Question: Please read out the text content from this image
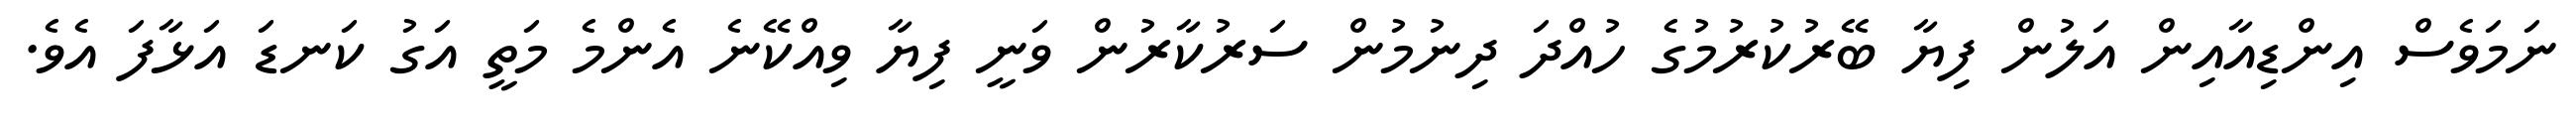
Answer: ނަމަވެސް އިންޑިއާއިން އަލުން ފިޔާ ބޭރުކުރުމުގެ ހުއްދަ ދިނުމުން ސަރުކާރުން ވަނީ ފިޔާ ވިއްކޭނެ އެންމެ މަތީ އަގު ކަނޑަ އަޅާފަ އެވެ.